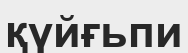
қүйғьпи